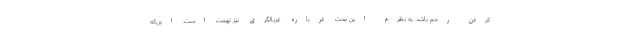
کردن رحم باشد. به نظرم این بحث درباره غربالگری نیز تهمت است. این‌که